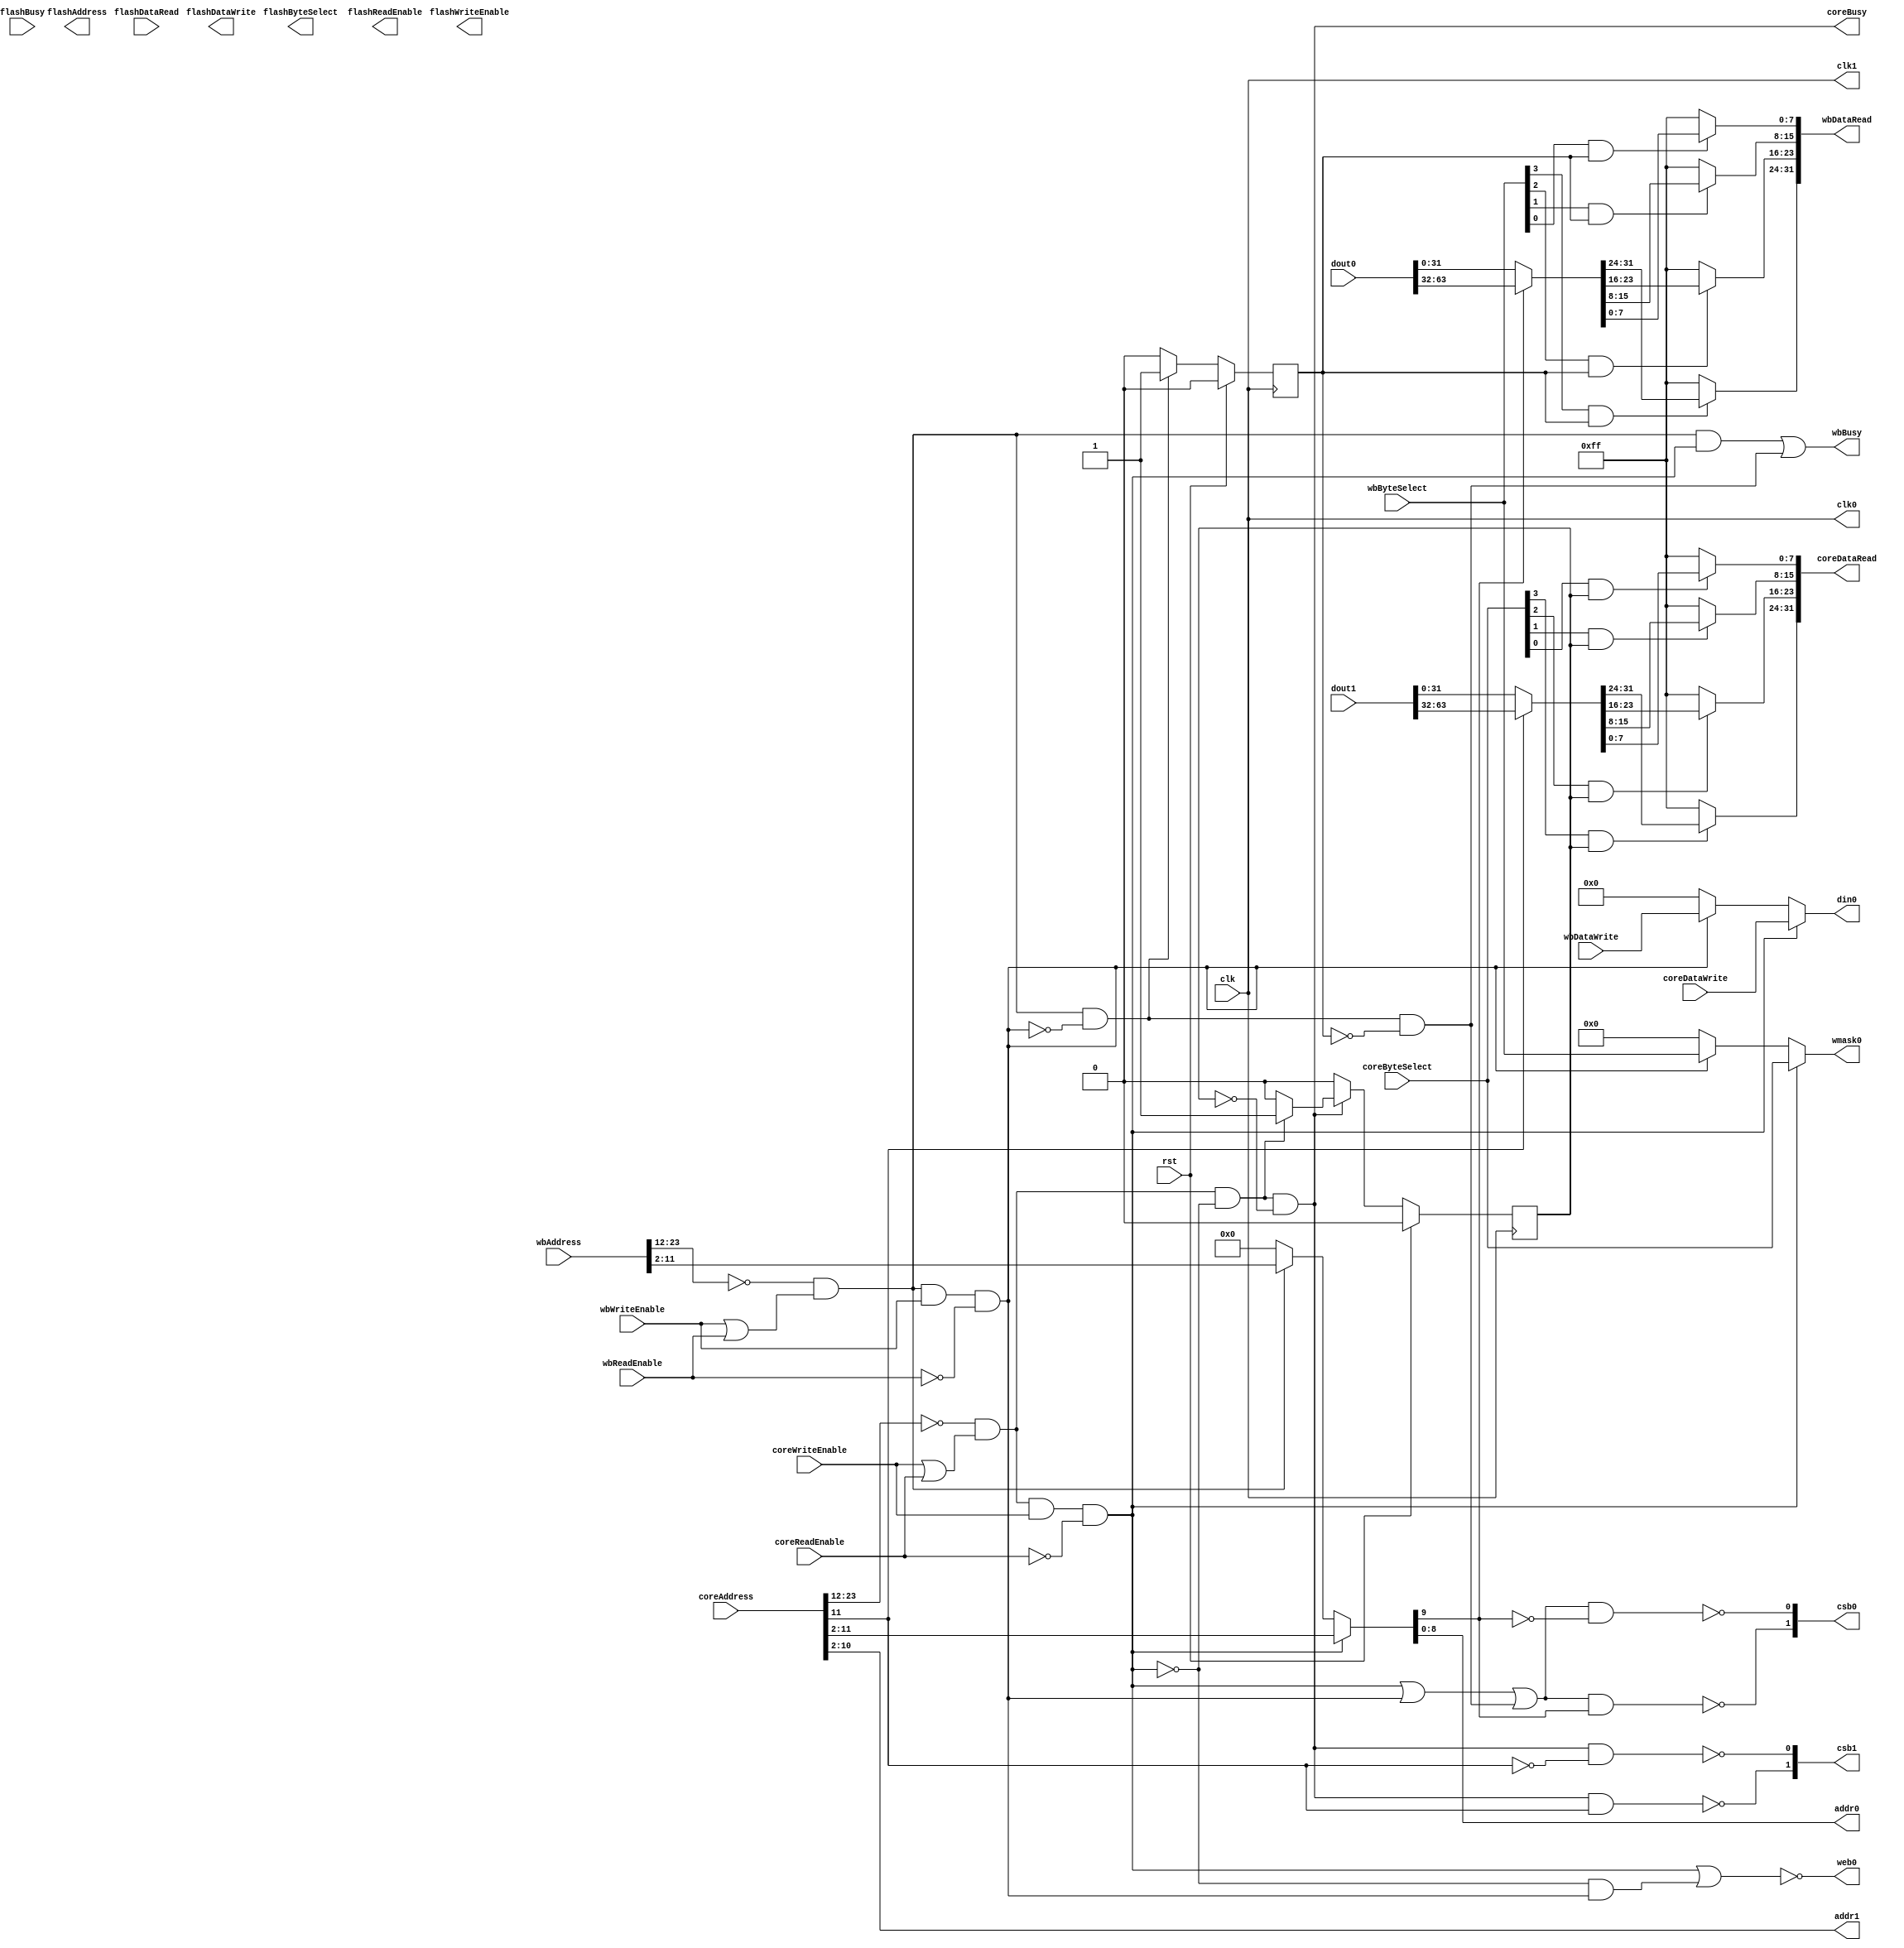
module LocalMemoryInterface #(
		parameter SRAM_ADDRESS_SIZE = 9
	)(
		input wire clk,
		input wire rst,

		// Core interface
		input wire[23:0] coreAddress,
		input wire[3:0] coreByteSelect,
		input wire coreWriteEnable,
		input wire coreReadEnable,
		input wire[31:0] coreDataWrite,
		output wire[31:0] coreDataRead,
		output wire coreBusy,

		// WB interface
		input wire[23:0] wbAddress,
		input wire[3:0] wbByteSelect,
		input wire wbWriteEnable,
		input wire wbReadEnable,
		input wire[31:0] wbDataWrite,
		output wire[31:0] wbDataRead,
		output wire wbBusy,

		// Flash interface
		output wire[22:0] flashAddress,
		output wire[3:0] flashByteSelect,
		output wire flashWriteEnable,
		output wire flashReadEnable,
		output wire[31:0] flashDataWrite,
		input wire[31:0] flashDataRead,
		input wire flashBusy,

		// SRAM rw port
		output wire clk0, // Port clock
		output wire[1:0] csb0, // active low chip select
		output wire web0, // active low write control
		output wire[3:0] wmask0, // write mask
		output wire[SRAM_ADDRESS_SIZE-1:0] addr0,
		output wire[31:0] din0,
		input  wire[63:0] dout0,

		// SRAM r port
		output wire clk1,
		output wire[1:0] csb1,
		output wire[SRAM_ADDRESS_SIZE-1:0] addr1,
		input  wire[63:0] dout1
	);

	// Core enable pins
	wire coreSRAMEnable = coreAddress[23:SRAM_ADDRESS_SIZE+3] == 'b0 && (coreWriteEnable || coreReadEnable);
	wire coreSRAMWriteEnable = coreSRAMEnable && coreWriteEnable && !coreReadEnable;
	wire coreSRAMReadEnable = coreSRAMEnable && !coreSRAMWriteEnable;

	// Wishbone enable pins
	wire wbSRAMEnable = wbAddress[23:SRAM_ADDRESS_SIZE+3] == 'b0 && (wbWriteEnable || wbReadEnable);
	wire wbSRAMWriteEnable = wbSRAMEnable && wbWriteEnable && !wbReadEnable;
	wire wbSRAMReadEnable = wbSRAMEnable && !wbSRAMWriteEnable;

	// Generate SRAM control signals
	// Core can always read from read only port
	// Core can always write to read/write port
	// Wishbone can read/write to read/write port, but only if core is not writing to it
	wire[31:0] rwPortReadData;
	wire[31:0] rPortReadData;

	// Busy signals
	reg coreReadReady = 1'b0;
	always @(posedge clk) begin
		if (rst) coreReadReady <= 1'b0;
		else if (!coreBusy) coreReadReady <= 1'b0;
		else if (coreSRAMReadEnable) coreReadReady <= 1'b1;
		else coreReadReady <= 1'b0;
	end

	reg wbReadReady = 1'b0;
	always @(posedge clk) begin
		if (rst) wbReadReady <= 1'b0;
		else if (wbSRAMReadEnable) wbReadReady <= 1'b1;
		else wbReadReady <= 1'b0;
	end

	assign coreBusy = coreSRAMReadEnable && !coreReadReady;
	assign wbBusy = (wbSRAMEnable && coreSRAMWriteEnable) || (wbSRAMReadEnable && !wbReadReady);

	// Read/Write port
	wire rwPortEnable = coreSRAMWriteEnable || wbSRAMWriteEnable || (wbSRAMReadEnable && !wbReadReady);
	wire rwWriteEnable = coreSRAMWriteEnable || (!coreSRAMWriteEnable && wbSRAMWriteEnable);
	wire[SRAM_ADDRESS_SIZE:0] rwAddress = coreSRAMWriteEnable ? coreAddress[SRAM_ADDRESS_SIZE+2:2] :
				   						  wbSRAMEnable        ?   wbAddress[SRAM_ADDRESS_SIZE+2:2] : 'b0;
	wire rwBankSelect = rwAddress[SRAM_ADDRESS_SIZE];

	assign wbDataRead = {
		wbByteSelect[3] && wbReadReady ? rwPortReadData[31:24] : ~8'h00,
		wbByteSelect[2] && wbReadReady ? rwPortReadData[23:16] : ~8'h00,
		wbByteSelect[1] && wbReadReady ? rwPortReadData[15:8]  : ~8'h00,
		wbByteSelect[0] && wbReadReady ? rwPortReadData[7:0]   : ~8'h00
	};

	// Read port
	wire rPortEnable = coreSRAMReadEnable && !coreReadReady;
	wire[SRAM_ADDRESS_SIZE:0] rAddress = coreAddress[SRAM_ADDRESS_SIZE+2:2];
	wire rBankSelect = rAddress[SRAM_ADDRESS_SIZE];

	assign coreDataRead = {
		coreByteSelect[3] && coreReadReady ? rPortReadData[31:24] : ~8'h00,
		coreByteSelect[2] && coreReadReady ? rPortReadData[23:16] : ~8'h00,
		coreByteSelect[1] && coreReadReady ? rPortReadData[15:8]  : ~8'h00,
		coreByteSelect[0] && coreReadReady ? rPortReadData[7:0]   : ~8'h00
	};

	// SRAM connections
	assign clk0 = clk;
	assign csb0 = { !(rwPortEnable && rwBankSelect), !(rwPortEnable && !rwBankSelect) };
	assign web0 = !rwWriteEnable;
	assign wmask0 = coreSRAMWriteEnable ? coreByteSelect : 
					wbSRAMWriteEnable   ? wbByteSelect   : 4'b0;
	assign addr0 = rwAddress[SRAM_ADDRESS_SIZE-1:0];
	assign din0 = coreSRAMWriteEnable ? coreDataWrite : 
				  wbSRAMWriteEnable   ? wbDataWrite   : 32'b0;
	assign rwPortReadData = rwBankSelect ? dout0[63:32] : dout0[31:0];

	assign clk1 = clk;
	assign csb1 = { !(rPortEnable && rBankSelect), !(rPortEnable && !rBankSelect) };
	assign addr1 = rAddress[SRAM_ADDRESS_SIZE-1:0];
	assign rPortReadData = rBankSelect ? dout1[63:32] : dout1[31:0];

endmodule